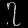
Digit: ၇